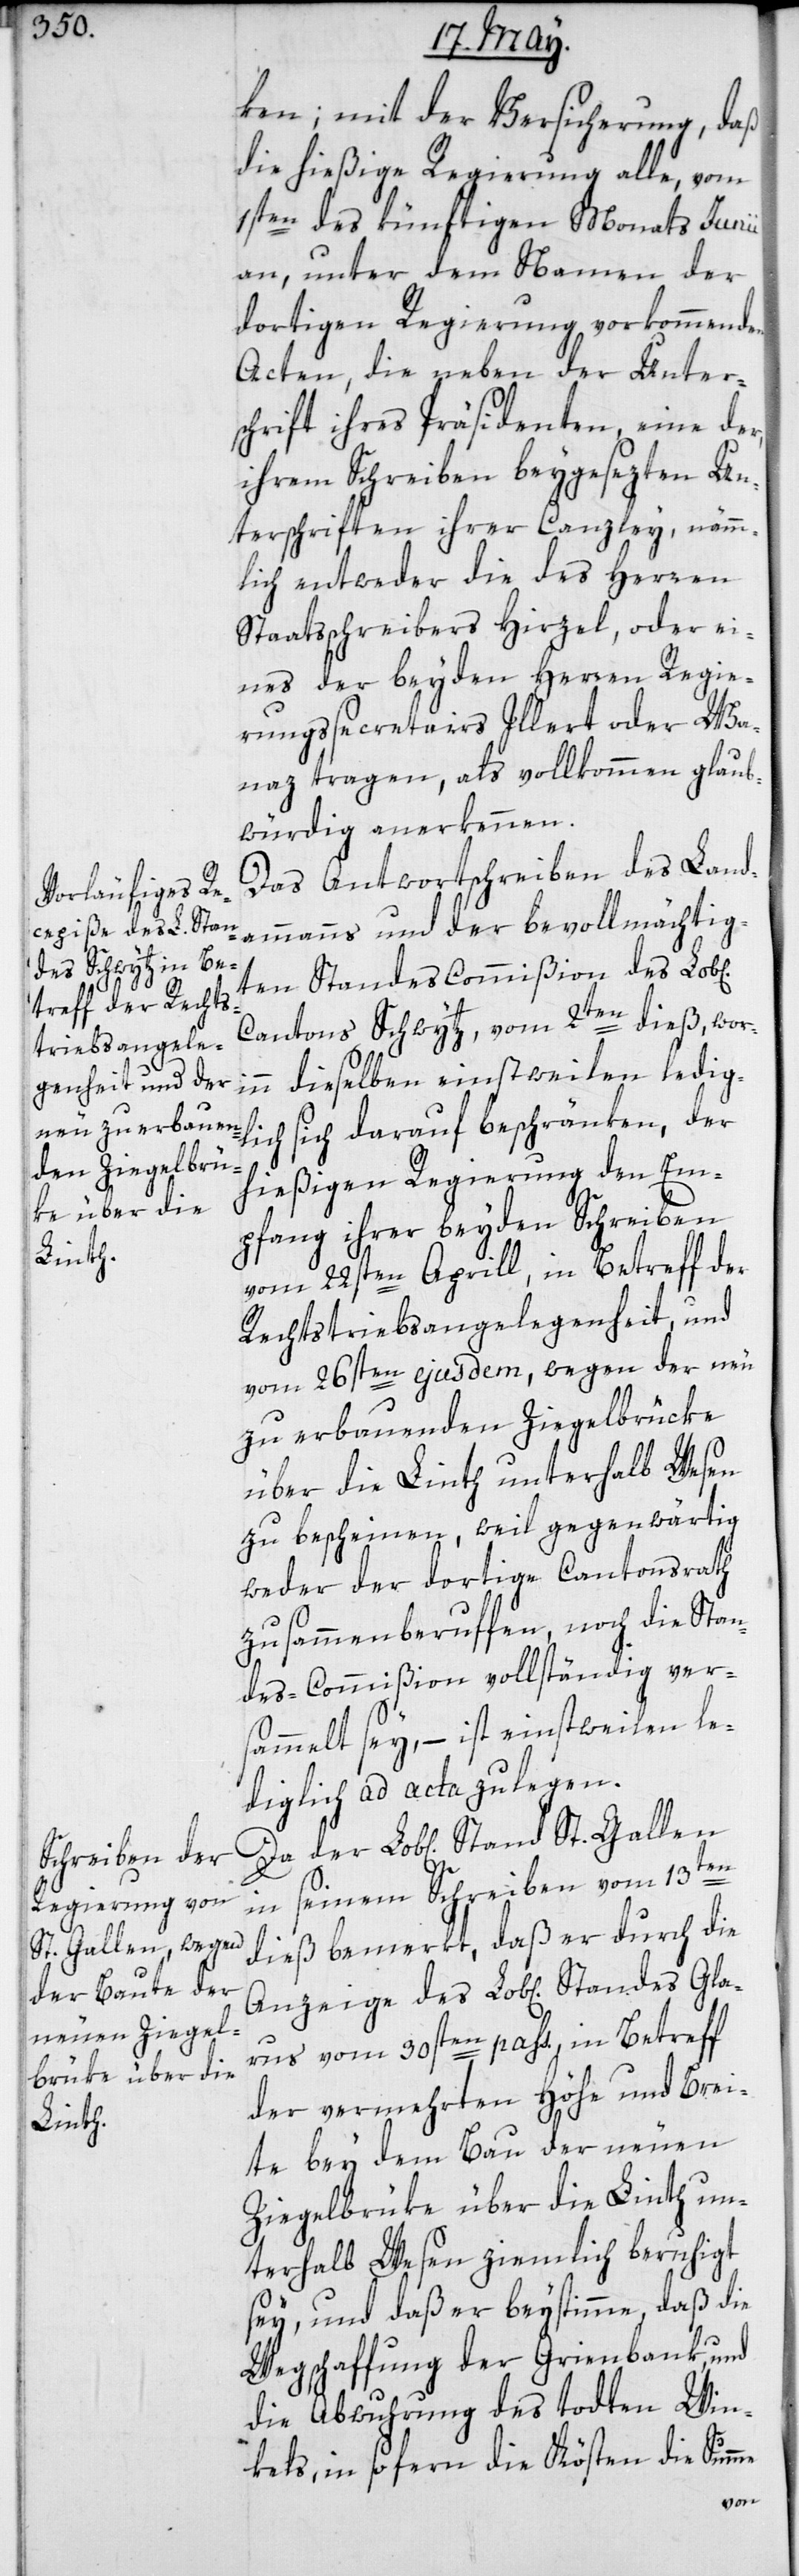
ken; mit der Versicherung, daß
die hießige Regierung alle, vom
1sten des künftigen Monats Junii
an, unter dem Namen der
dortigen Regierung vorkommenden
Acten, die neben der Unter¬
schrift ihres Präsidenten, eine der,
ihrem Schreiben beygesezten Un¬
terschriften ihrer Canzley, nämm¬
lich entweder die des Herren
Staatsschreibers Hirzel, oder ei¬
nes der beyden Herren Regie¬
rungssecretairs Illert oder Wa¬
naz tragen, als vollkommen glaub¬
würdig anerkennen.
Das Antwortschreiben des Land¬
ammanns und der bevollmächtig¬
ten Standes Commißion des Lob[li¬
Cantons Schwyz vom 2ten dieß, wori¬
nn dieselben einstweilen ledigl¬
ich sich darauf beschränken, der
hießigen Regierung den Em¬
pfang ihrer beyden Schreiben
vom 22sten Aprill, in Betreff der
Rechtstriebsangelegenheit, und
vom 26sten ejusdem, wegen der neu
zu erbauenden Ziegelbrücke
über die Linth unterhalb Wesen
zu bescheinen, weil gegenwärtig
weder der dortige Cantonsrath
zusammenberuffen, noch die Stan¬
des-Commißion vollständig vers¬
ammelt sey, – ist einstweilen le¬
diglich ad acta zu legen.
in seinem Schreiben vom 13ten
dieß bemerkt, daß er durch die
rus vom 30sten pass., in Betreff
der vermehrten Höhe und Brei¬
te bey dem Bau der neuen
Ziegelbrüke über die Linth un¬
terhalb Wesen ziemlich beruhigt
sey, und daß er beystimme, daß die
Wegschaffung der Grienbank und
die Abwuhrung des todten Win¬
kels, insofern die Kösten die Summe
Gla¬